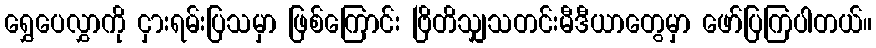
ရွှေပေလွှာကို ငှားရမ်းပြသမှာ ဖြစ်ကြောင်း ဗြိတိသျှသတင်းမီဒီယာတွေမှာ ဖော်ပြကြပါတယ်။